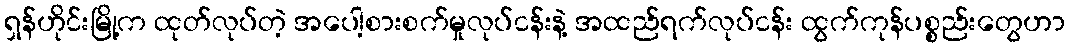
ရှန်ဟိုင်းမြို့က ထုတ်လုပ်တဲ့ အပေါ့စားစက်မှုလုပ်ငန်းနဲ့ အထည်ရက်လုပ်ငန်း ထွက်ကုန်ပစ္စည်းတွေဟာ